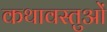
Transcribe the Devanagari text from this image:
कथावस्तुओं